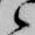
候